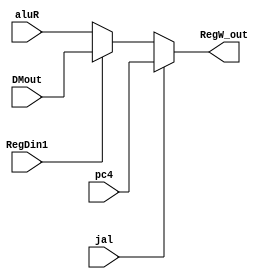
module RegFileWrite(RegDin1,jal,aluR,DMout,pc4,RegW_out);
  input RegDin1,jal;
  input [31:0] aluR;
  input [31:0] DMout;
  input [31:0] pc4;
  output [31:0] RegW_out;
  reg [31:0] RegW_out;
  always @(RegDin1,jal,aluR,DMout,pc4) begin
    if(jal) begin
        RegW_out <= pc4;
    end
    else if(RegDin1) begin
        RegW_out <= DMout;
    end
    else begin
        RegW_out <= aluR;
    end
  end
endmodule